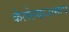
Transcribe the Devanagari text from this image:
केलेल्याअमाप